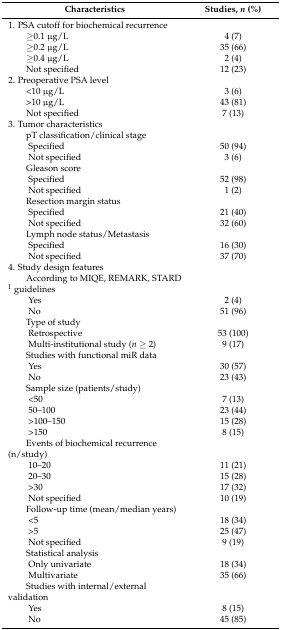
<table><thead><tr><td><b>Characteristics</b></td><td><b>Studies, <i>n</i> (%)</b></td></tr></thead><tbody><tr><td>1. PSA cutoff for biochemical recurrence</td><td></td></tr><tr><td>≥0.1 μg/L</td><td>4 (7)</td></tr><tr><td>≥0.2 μg/L</td><td>35 (66)</td></tr><tr><td>≥0.4 μg/L</td><td>2 (4)</td></tr><tr><td>Not specified</td><td>12 (23)</td></tr><tr><td>2. Preoperative PSA level</td><td></td></tr><tr><td>&lt;10 μg/L</td><td>3 (6)</td></tr><tr><td>&gt;10 μg/L</td><td>43 (81)</td></tr><tr><td>Not specified</td><td>7 (13)</td></tr><tr><td>3. Tumor characteristics</td><td></td></tr><tr><td>pT classification/clinical stage</td><td></td></tr><tr><td>Specified</td><td>50 (94)</td></tr><tr><td>Not specified</td><td>3 (6)</td></tr><tr><td>Gleason score</td><td></td></tr><tr><td>Specified</td><td>52 (98)</td></tr><tr><td>Not specified</td><td>1 (2)</td></tr><tr><td>Resection margin status</td><td></td></tr><tr><td>Specified</td><td>21 (40)</td></tr><tr><td>Not specified</td><td>32 (60)</td></tr><tr><td>Lymph node status/Metastasis</td><td></td></tr><tr><td>Specified</td><td>16 (30)</td></tr><tr><td>Not specified</td><td>37 (70)</td></tr><tr><td>4. Study design features</td><td></td></tr><tr><td>According to MIQE, REMARK, STARD <sup>1</sup> guidelines</td><td></td></tr><tr><td>Yes</td><td>2 (4)</td></tr><tr><td>No</td><td>51 (96)</td></tr><tr><td>Type of study</td><td></td></tr><tr><td>Retrospective</td><td>53 (100)</td></tr><tr><td>Multi-institutional study (<i>n</i> ≥ 2)</td><td>9 (17) </td></tr><tr><td>Studies with functional miR data</td><td></td></tr><tr><td>Yes</td><td>30 (57)</td></tr><tr><td>No</td><td>23 (43)</td></tr><tr><td>Sample size (patients/study)</td><td></td></tr><tr><td>&lt;50</td><td>7 (13)</td></tr><tr><td>50–100</td><td>23 (44)</td></tr><tr><td>&gt;100–150</td><td>15 (28)</td></tr><tr><td>&gt;150</td><td>8 (15)</td></tr><tr><td>Events of biochemical recurrence (n/study)</td><td></td></tr><tr><td>10–20</td><td>11 (21)</td></tr><tr><td>20–30</td><td>15 (28)</td></tr><tr><td>&gt;30</td><td>17 (32)</td></tr><tr><td>Not specified</td><td>10 (19)</td></tr><tr><td>Follow-up time (mean/median years)</td><td></td></tr><tr><td>&lt;5 </td><td>18 (34)</td></tr><tr><td>&gt;5 </td><td>25 (47)</td></tr><tr><td>Not specified</td><td>9 (19)</td></tr><tr><td>Statistical analysis</td><td></td></tr><tr><td>Only univariate</td><td>18 (34)</td></tr><tr><td>Multivariate</td><td>35 (66)</td></tr><tr><td>Studies with internal/external validation</td><td></td></tr><tr><td>Yes</td><td>8 (15)</td></tr><tr><td>No</td><td>45 (85)</td></tr></tbody></table>